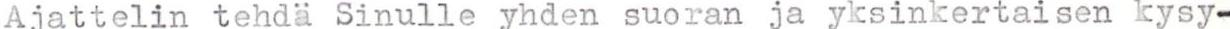
Ajattelin tehdä Sinulle yhden suoran ja yksinkertaisen kysy-